Civil Veterinary Department. Madras. Admin. report 1910-25 - 1910-1925
Year: 1910
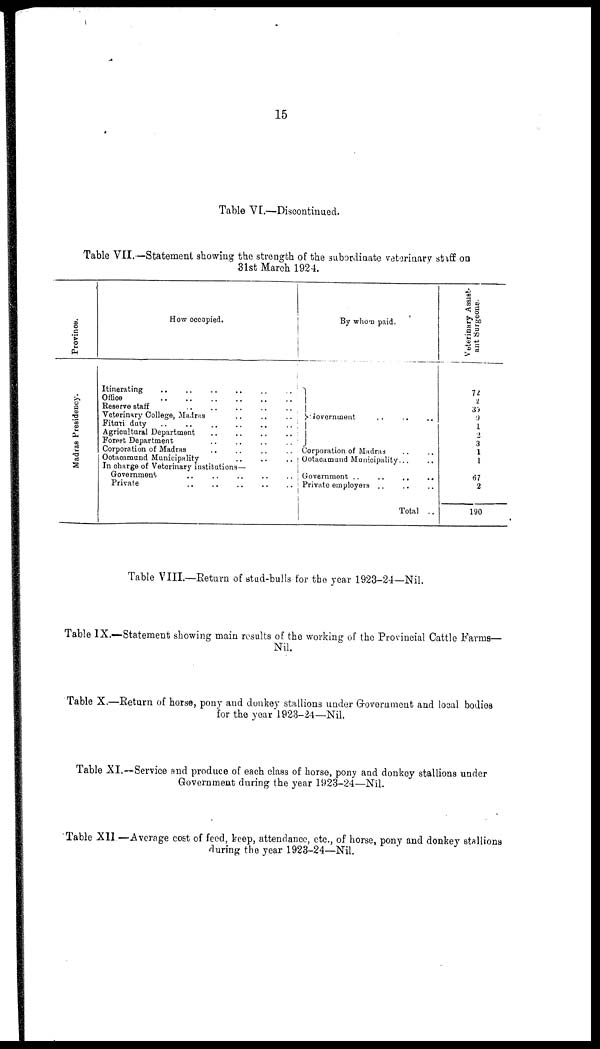
15
Table VI.—Discontinued.
Table VII.—Statement showing the strength of the subordinate veterinary stiff on
31st March 1924.
Province.
Madras Presidency.
How occupied.
Itinerating .. .. .. .. ..
Office
..
..
..
..
..
Reserve staff
..
..
..
..
..
Veterinary College, Madras
..
..
..
..
Fituti duty
..
..
..
..
..
Agricultural Department
..
..
..
..
Forest Department .. .. .. .. ..
Corporation of Madras .. .. .. ..
Ootacamand Municipality .. .. .. .. ..
In charge of Veterinary institutions—
Government .. .. .. ..
Private .. .. .. .. ..
By whom paid.
Government .. .. ..
Corporation of Madras .. ..
Ootacamund Municipality... ..
Government ..
..
..
..
Private employers .. .. ..
Total ..
Veterinary Assist-
ant Surgeons..
72
2
30
9
1
2
3
1
1
67
2
190
Table VIII.—Return of stad-bulls for the year 1923-24—Nil.
Table IX.—Statement showing main results of the working of the Provincial Cattle Farms—
Nil.
Table X.—Return of horse, pony and donkey stallions under Grovernment and local bodies
for the year 1923-24—Nil.
Table XI.—Service and produce of each class of horse, pony and donkey stallions under
Government during the year 1923-24—Nil.
Table XII —Average cost of feed, keep, attendance, etc., of horse, pony and donkey stallions
during the year 1923-24—Nil.